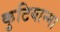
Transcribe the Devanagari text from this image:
कुटियान्मा